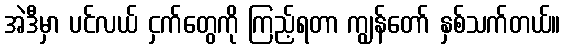
အဲဒီမှာ ပင်လယ် ငှက်တွေကို ကြည့်ရတာ ကျွန်တော် နှစ်သက်တယ်။